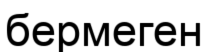
бермеген